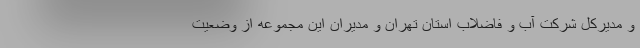
و مدیرکل شرکت آب و فاضلاب استان تهران و مدیران این مجموعه از وضعیت